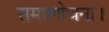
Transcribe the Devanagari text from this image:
समालोचना।